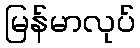
မြန်မာလုပ်